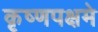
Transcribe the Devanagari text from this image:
कृष्णपक्षमे